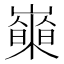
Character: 𡾍